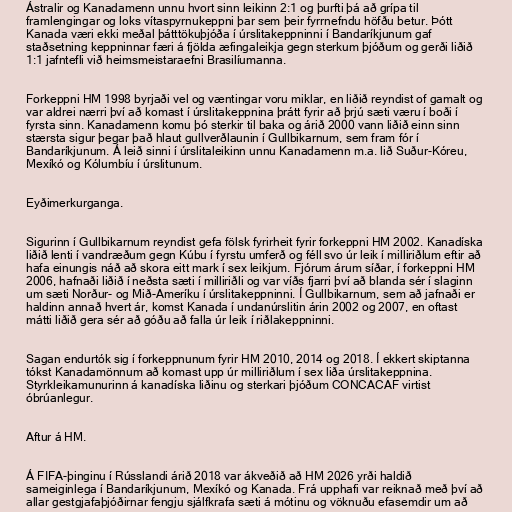
Ástralir og Kanadamenn unnu hvort sinn leikinn 2:1 og þurfti þá að grípa til
framlengingar og loks vítaspyrnukeppni þar sem þeir fyrrnefndu höfðu betur. Þótt
Kanada væri ekki meðal þátttökuþjóða í úrslitakeppninni í Bandaríkjunum gaf
staðsetning keppninnar færi á fjölda æfingaleikja gegn sterkum þjóðum og gerði liðið
1:1 jafntefli við heimsmeistaraefni Brasilíumanna.

Forkeppni HM 1998 byrjaði vel og væntingar voru miklar, en liðið reyndist of gamalt og
var aldrei nærri því að komast í úrslitakeppnina þrátt fyrir að þrjú sæti væru í boði í
fyrsta sinn. Kanadamenn komu þó sterkir til baka og árið 2000 vann liðið einn sinn
stærsta sigur þegar það hlaut gullverðlaunin í Gullbikarnum, sem fram fór í
Bandaríkjunum. Á leið sinni í úrslitaleikinn unnu Kanadamenn m.a. lið Suður-Kóreu,
Mexíkó og Kólumbíu í úrslitunum.

Eyðimerkurganga.

Sigurinn í Gullbikarnum reyndist gefa fölsk fyrirheit fyrir forkeppni HM 2002. Kanadíska
liðið lenti í vandræðum gegn Kúbu í fyrstu umferð og féll svo úr leik í milliriðlum eftir að
hafa einungis náð að skora eitt mark í sex leikjum. Fjórum árum síðar, í forkeppni HM
2006, hafnaði liðið í neðsta sæti í milliriðli og var víðs fjarri því að blanda sér í slaginn
um sæti Norður- og Mið-Ameríku í úrslitakeppninni. Í Gullbikarnum, sem að jafnaði er
haldinn annað hvert ár, komst Kanada í undanúrslitin árin 2002 og 2007, en oftast
mátti liðið gera sér að góðu að falla úr leik í riðlakeppninni.

Sagan endurtók sig í forkeppnunum fyrir HM 2010, 2014 og 2018. Í ekkert skiptanna
tókst Kanadamönnum að komast upp úr milliriðlum í sex liða úrslitakeppnina.
Styrkleikamunurinn á kanadíska liðinu og sterkari þjóðum CONCACAF virtist
óbrúanlegur.

Aftur á HM.

Á FIFA-þinginu í Rússlandi árið 2018 var ákveðið að HM 2026 yrði haldið
sameiginlega í Bandaríkjunum, Mexíkó og Kanada. Frá upphafi var reiknað með því að
allar gestgjafaþjóðirnar fengju sjálfkrafa sæti á mótinu og vöknuðu efasemdir um að